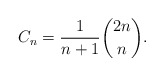
\begin{align*}C_{n} = \frac{1}{n+1} \binom{2n}{n}.\end{align*}